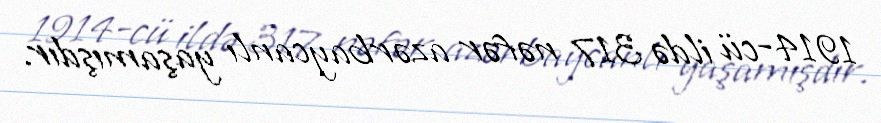
1914-cü ildə 317 nəfər azərbaycanlı yaşamışdır.